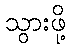
သွားဖို့